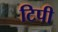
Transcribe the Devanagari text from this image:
टिपी